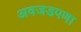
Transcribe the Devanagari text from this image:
अवजडपणा